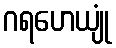
ဂရဟေယျုံ